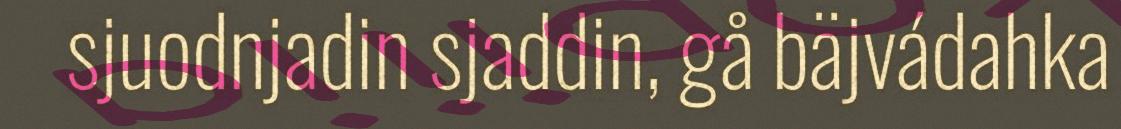
sjuodnjadin sjaddin, gå bäjvádahka